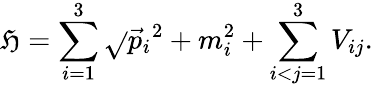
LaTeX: \mathfrak{H}=\sum_{i=1}^{3}\sqrt{}{{\vec{{p}}_{i}{}^{2}+m_{i}^{2}}}+\sum_{i<j=1}^{3}V_{ij}.